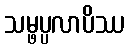
သမ္ဖပ္ပလာပိဿ